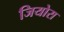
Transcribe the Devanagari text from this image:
जियोरा